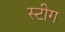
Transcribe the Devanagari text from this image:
स्टीग